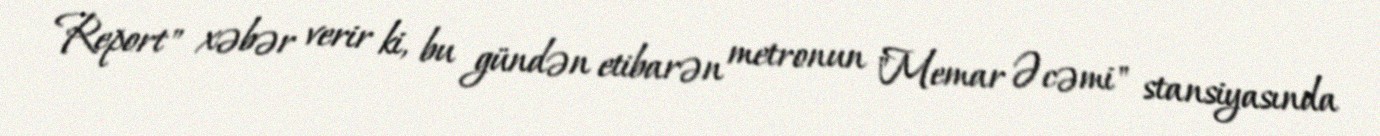
Report" xəbər verir ki, bu gündən etibarən metronun "Memar Əcəmi" stansiyasında